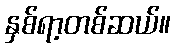
နှစ်ရာ့တစ်ဆယ်။